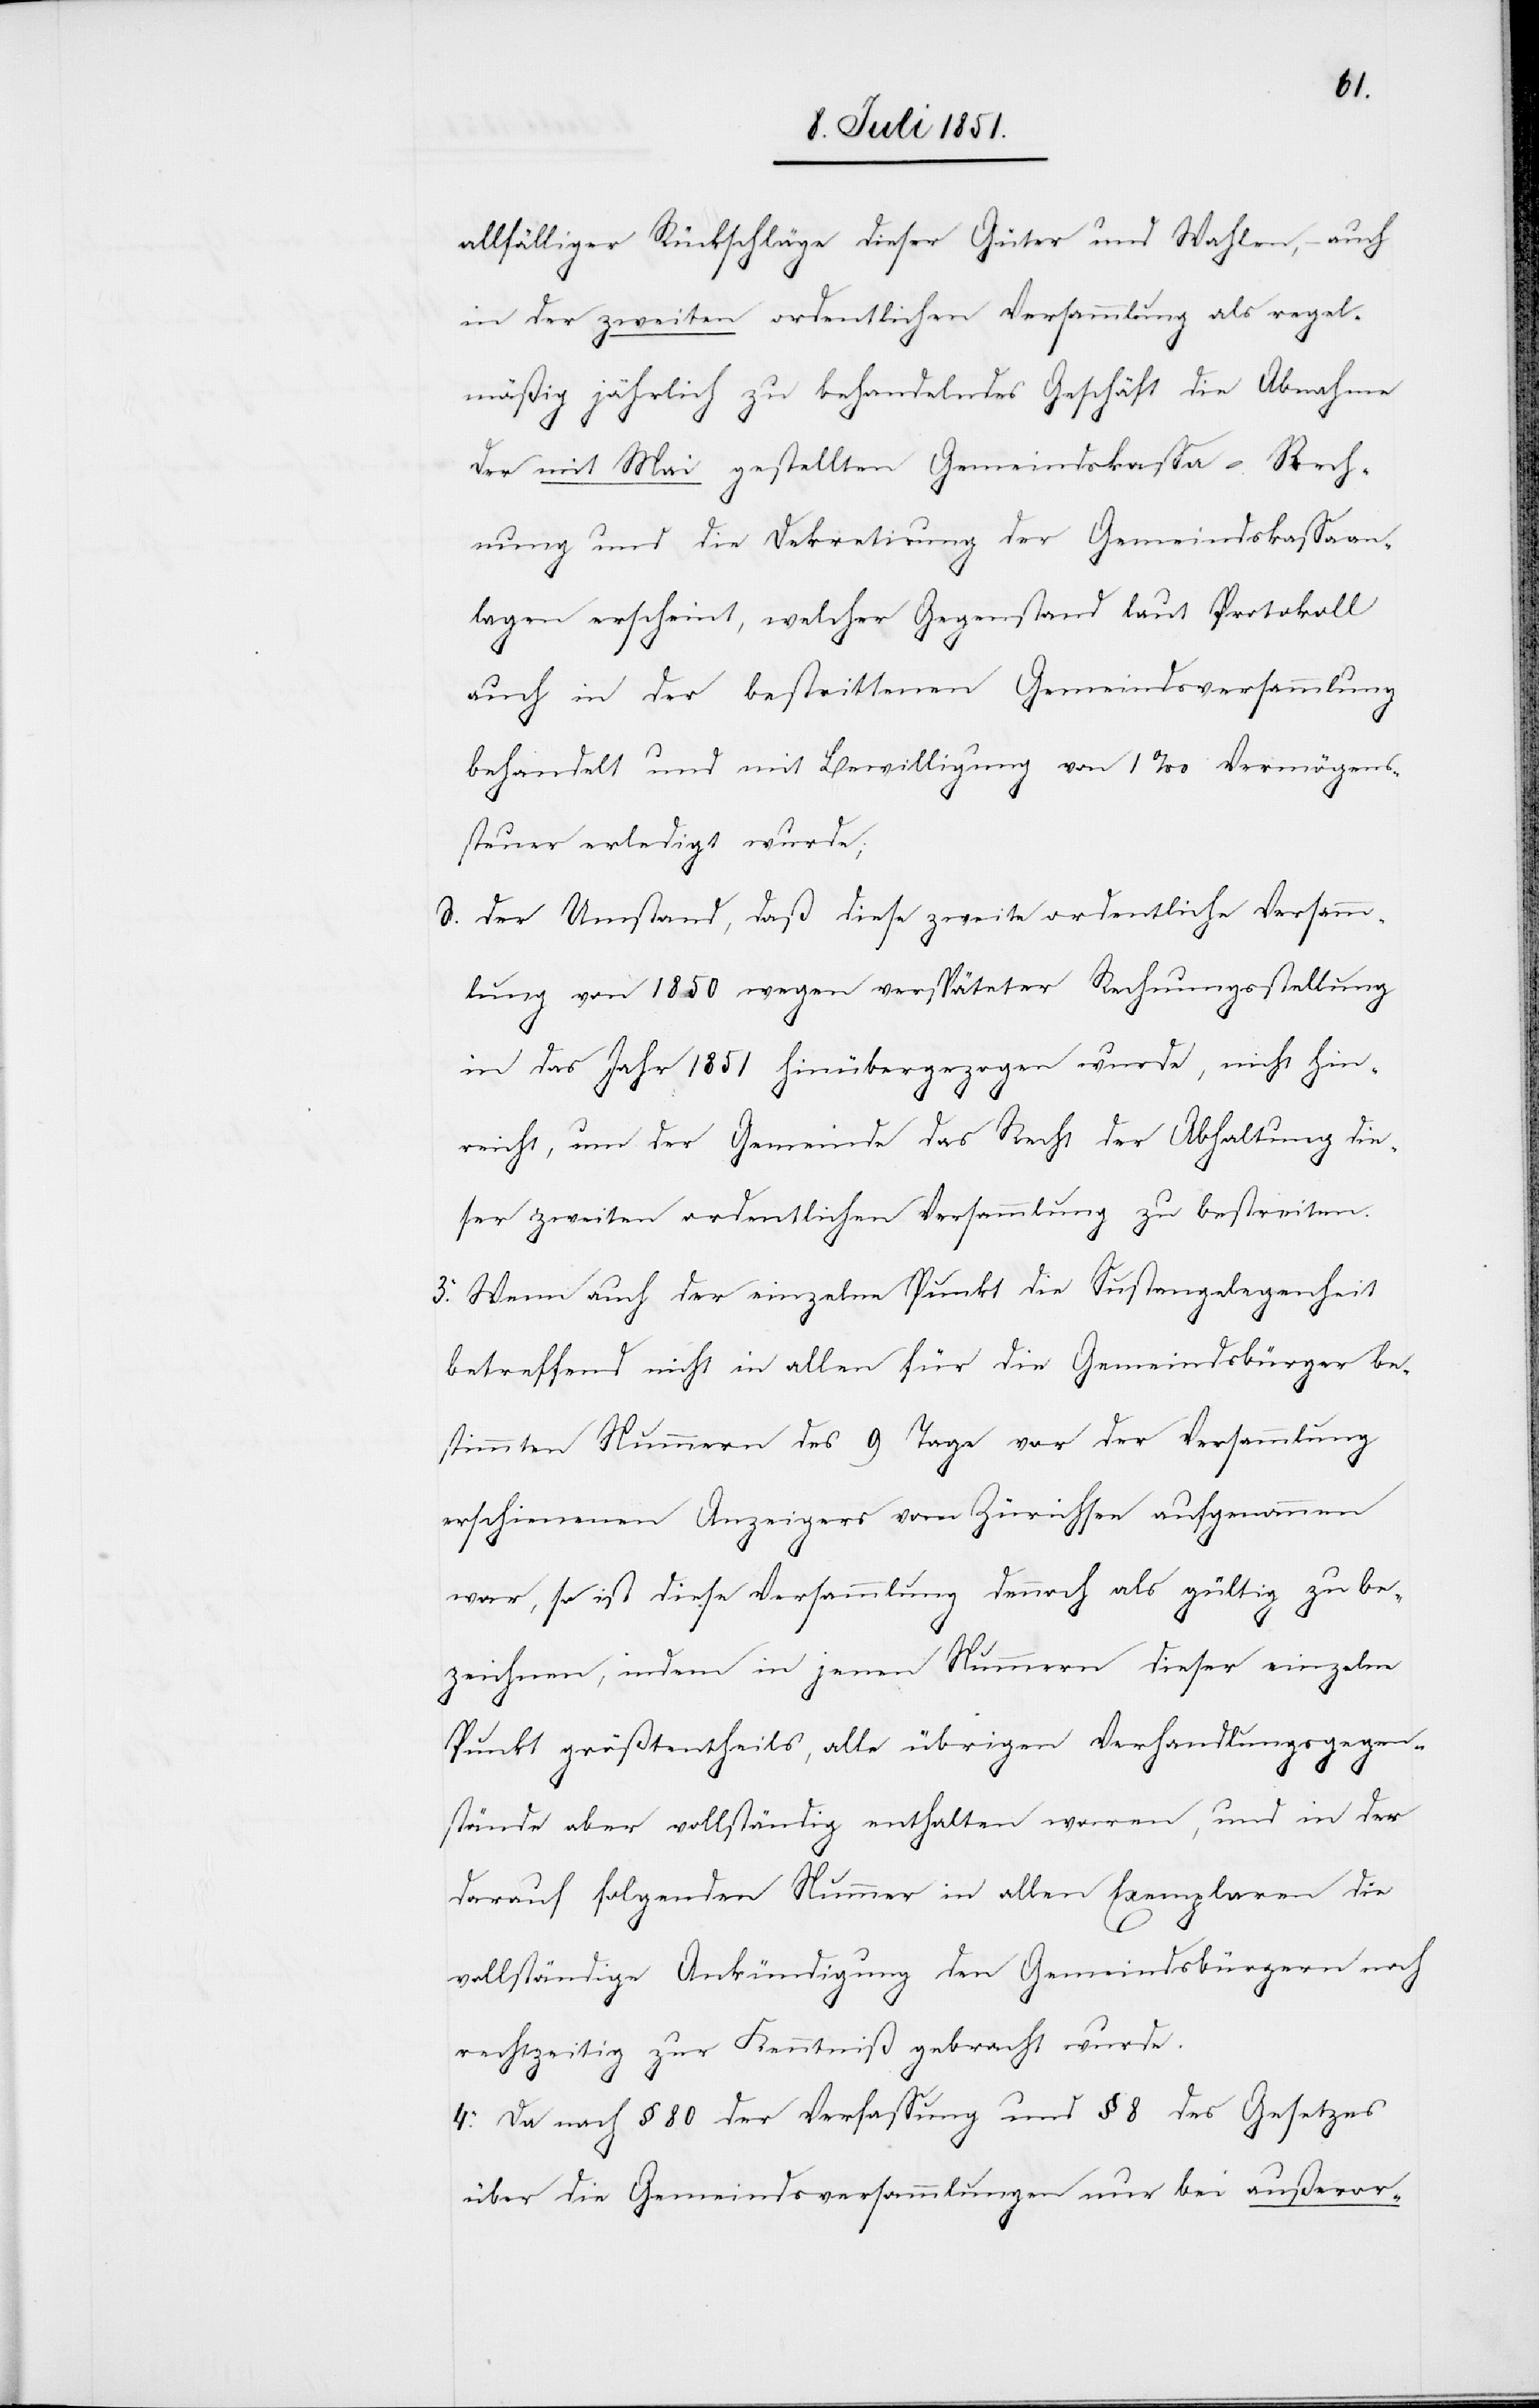
allfälliger Rückschläge dieser Güter und Wahlen, – auch
in der zweiten ordentlichen Versammlung als regel¬
mäßig jährlich zu behandelndes Geschäft die Abnahme
der mit Mai gestellten Gemeindskassa-Rech¬
nung und die Dekretirung der Gemeindskassaan¬
lagen erscheint, welcher Gegenstand laut Protokoll
auch in der bestrittenen Gemeindsversammlung
behandelt und mit Bewilligung von 1‰ Vermögens¬
steuer erledigt wurde;
der Umstand, daß diese zweite ordentliche Versamm¬
lung von 1850 wegen verspäteter Rechnungsstellung
in das Jahr 1851 hinübergezogen wurde, nicht hin¬
reicht, um der Gemeinde das Recht der Abhaltung die¬
ser zweiten ordentlichen Versammlung zu bestreiten.
3. Wenn auch der einzelne Punkt die Sustangelegenheit
betreffend nicht in allen für die Gemeindsbürger be¬
stimmten Nummern des 9 Tage vor der Versammlung
erschienenen Anzeigers vom Zürichsee aufgenommen
war, so ist diese Versammlung dennoch als gültig zu be¬
zeichnen, indem in jenen Nummern dieser einzelne
Punkt größtentheils, alle übrigen Verhandlungsgegen¬
stände aber vollständig enthalten waren, und in der
darauf folgenden Nummer in allen Exemplaren die
vollständige Ankündigung den Gemeindsbürgern noch
rechtzeitig zur Kenntniß gebracht wurde.
4. Da nach § 80 der Verfassung und § 8 des Gesetzes
über die Gemeindsversammlungen nur bei außeror-